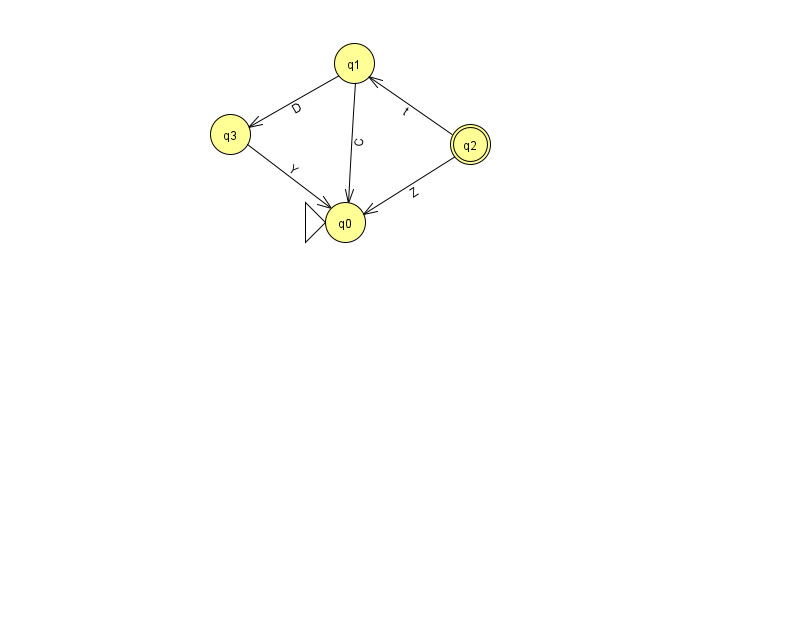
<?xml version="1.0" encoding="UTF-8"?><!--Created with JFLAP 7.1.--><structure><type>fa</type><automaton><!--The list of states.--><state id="0" name="q0"><x>345.0</x><y>209.0</y><initial/></state><state id="1" name="q1"><x>354.0</x><y>50.0</y></state><state id="2" name="q2"><x>470.0</x><y>131.0</y><final/></state><state id="3" name="q3"><x>230.0</x><y>121.0</y></state><!--The list of transitions.--><transition><from>2</from><to>0</to><read>Z</read></transition><transition><from>3</from><to>0</to><read>Y</read></transition><transition><from>2</from><to>1</to><read>t</read></transition><transition><from>1</from><to>3</to><read>D</read></transition><transition><from>1</from><to>0</to><read>C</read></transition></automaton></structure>